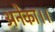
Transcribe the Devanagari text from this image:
अनेका।।